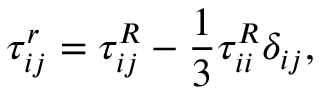
\tau _ { i j } ^ { r } = \tau _ { i j } ^ { R } - \frac { 1 } { 3 } \tau _ { i i } ^ { R } \delta _ { i j } ,